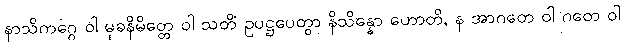
နာသိကဂ္ဂေ ဝါ မုခနိမိတ္တေ ဝါ သတိံ ဥပဋ္ဌပေတွာ နိသိန္နော ဟောတိ, န အာဂတေ ဝါ ဂတေ ဝါ